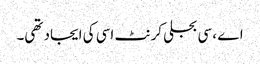
اے ، سی بجلی کرنٹ اسی کی ایجاد تھی۔